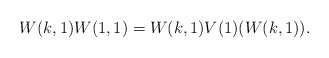
\begin{align*}W(k, 1) W(1, 1) = W(k, 1) V(1)(W(k, 1)).\end{align*}